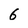
Character: 6